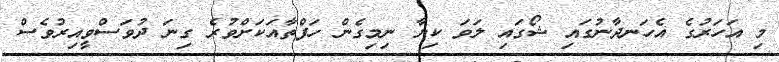
މި އަހަރުގެ އެހަނދާނުގައި ޝޯގައި ލަވަ ކިޔާ ނިމިގެން ހަފްތާއަކަށްވުރެ ގިނަ ދުވަސްވީއިރުވެސް